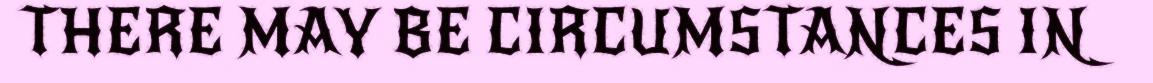
THERE MAY BE CIRCUMSTANCES IN